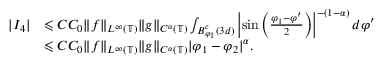
\begin{array} { r l } { | I _ { 4 } | } & { \leqslant C C _ { 0 } \| f \| _ { L ^ { \infty } ( \mathbb { T } ) } \| g \| _ { C ^ { \alpha } ( \mathbb { T } ) } \int _ { B _ { \varphi _ { 1 } } ^ { c } ( 3 d ) } \left| \sin \left( \frac { \varphi _ { 1 } - \varphi ^ { \prime } } { 2 } \right) \right| ^ { - ( 1 - \alpha ) } d \varphi ^ { \prime } } \\ & { \leqslant C C _ { 0 } \| f \| _ { L ^ { \infty } ( \mathbb { T } ) } \| g \| _ { C ^ { \alpha } ( \mathbb { T } ) } | \varphi _ { 1 } - \varphi _ { 2 } | ^ { \alpha } . } \end{array}